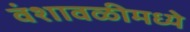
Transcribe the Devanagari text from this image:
वंशावळीमध्ये